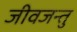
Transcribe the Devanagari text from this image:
जीवजन्तु